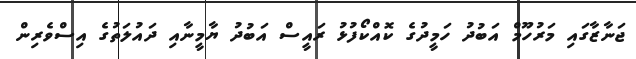
ޖަނާޒާގައި މަރުހޫމް އަބުދު ހަމީދުގެ ކޮއްކޯފުޅު ރައީސް އަބުދު ޔާމީނާއި ދައުލަތުގެ އިސްވެރިން